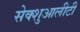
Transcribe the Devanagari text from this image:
सेक्शुआलीटी